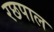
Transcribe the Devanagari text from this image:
रछपाल